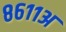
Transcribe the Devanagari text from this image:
८६११अ